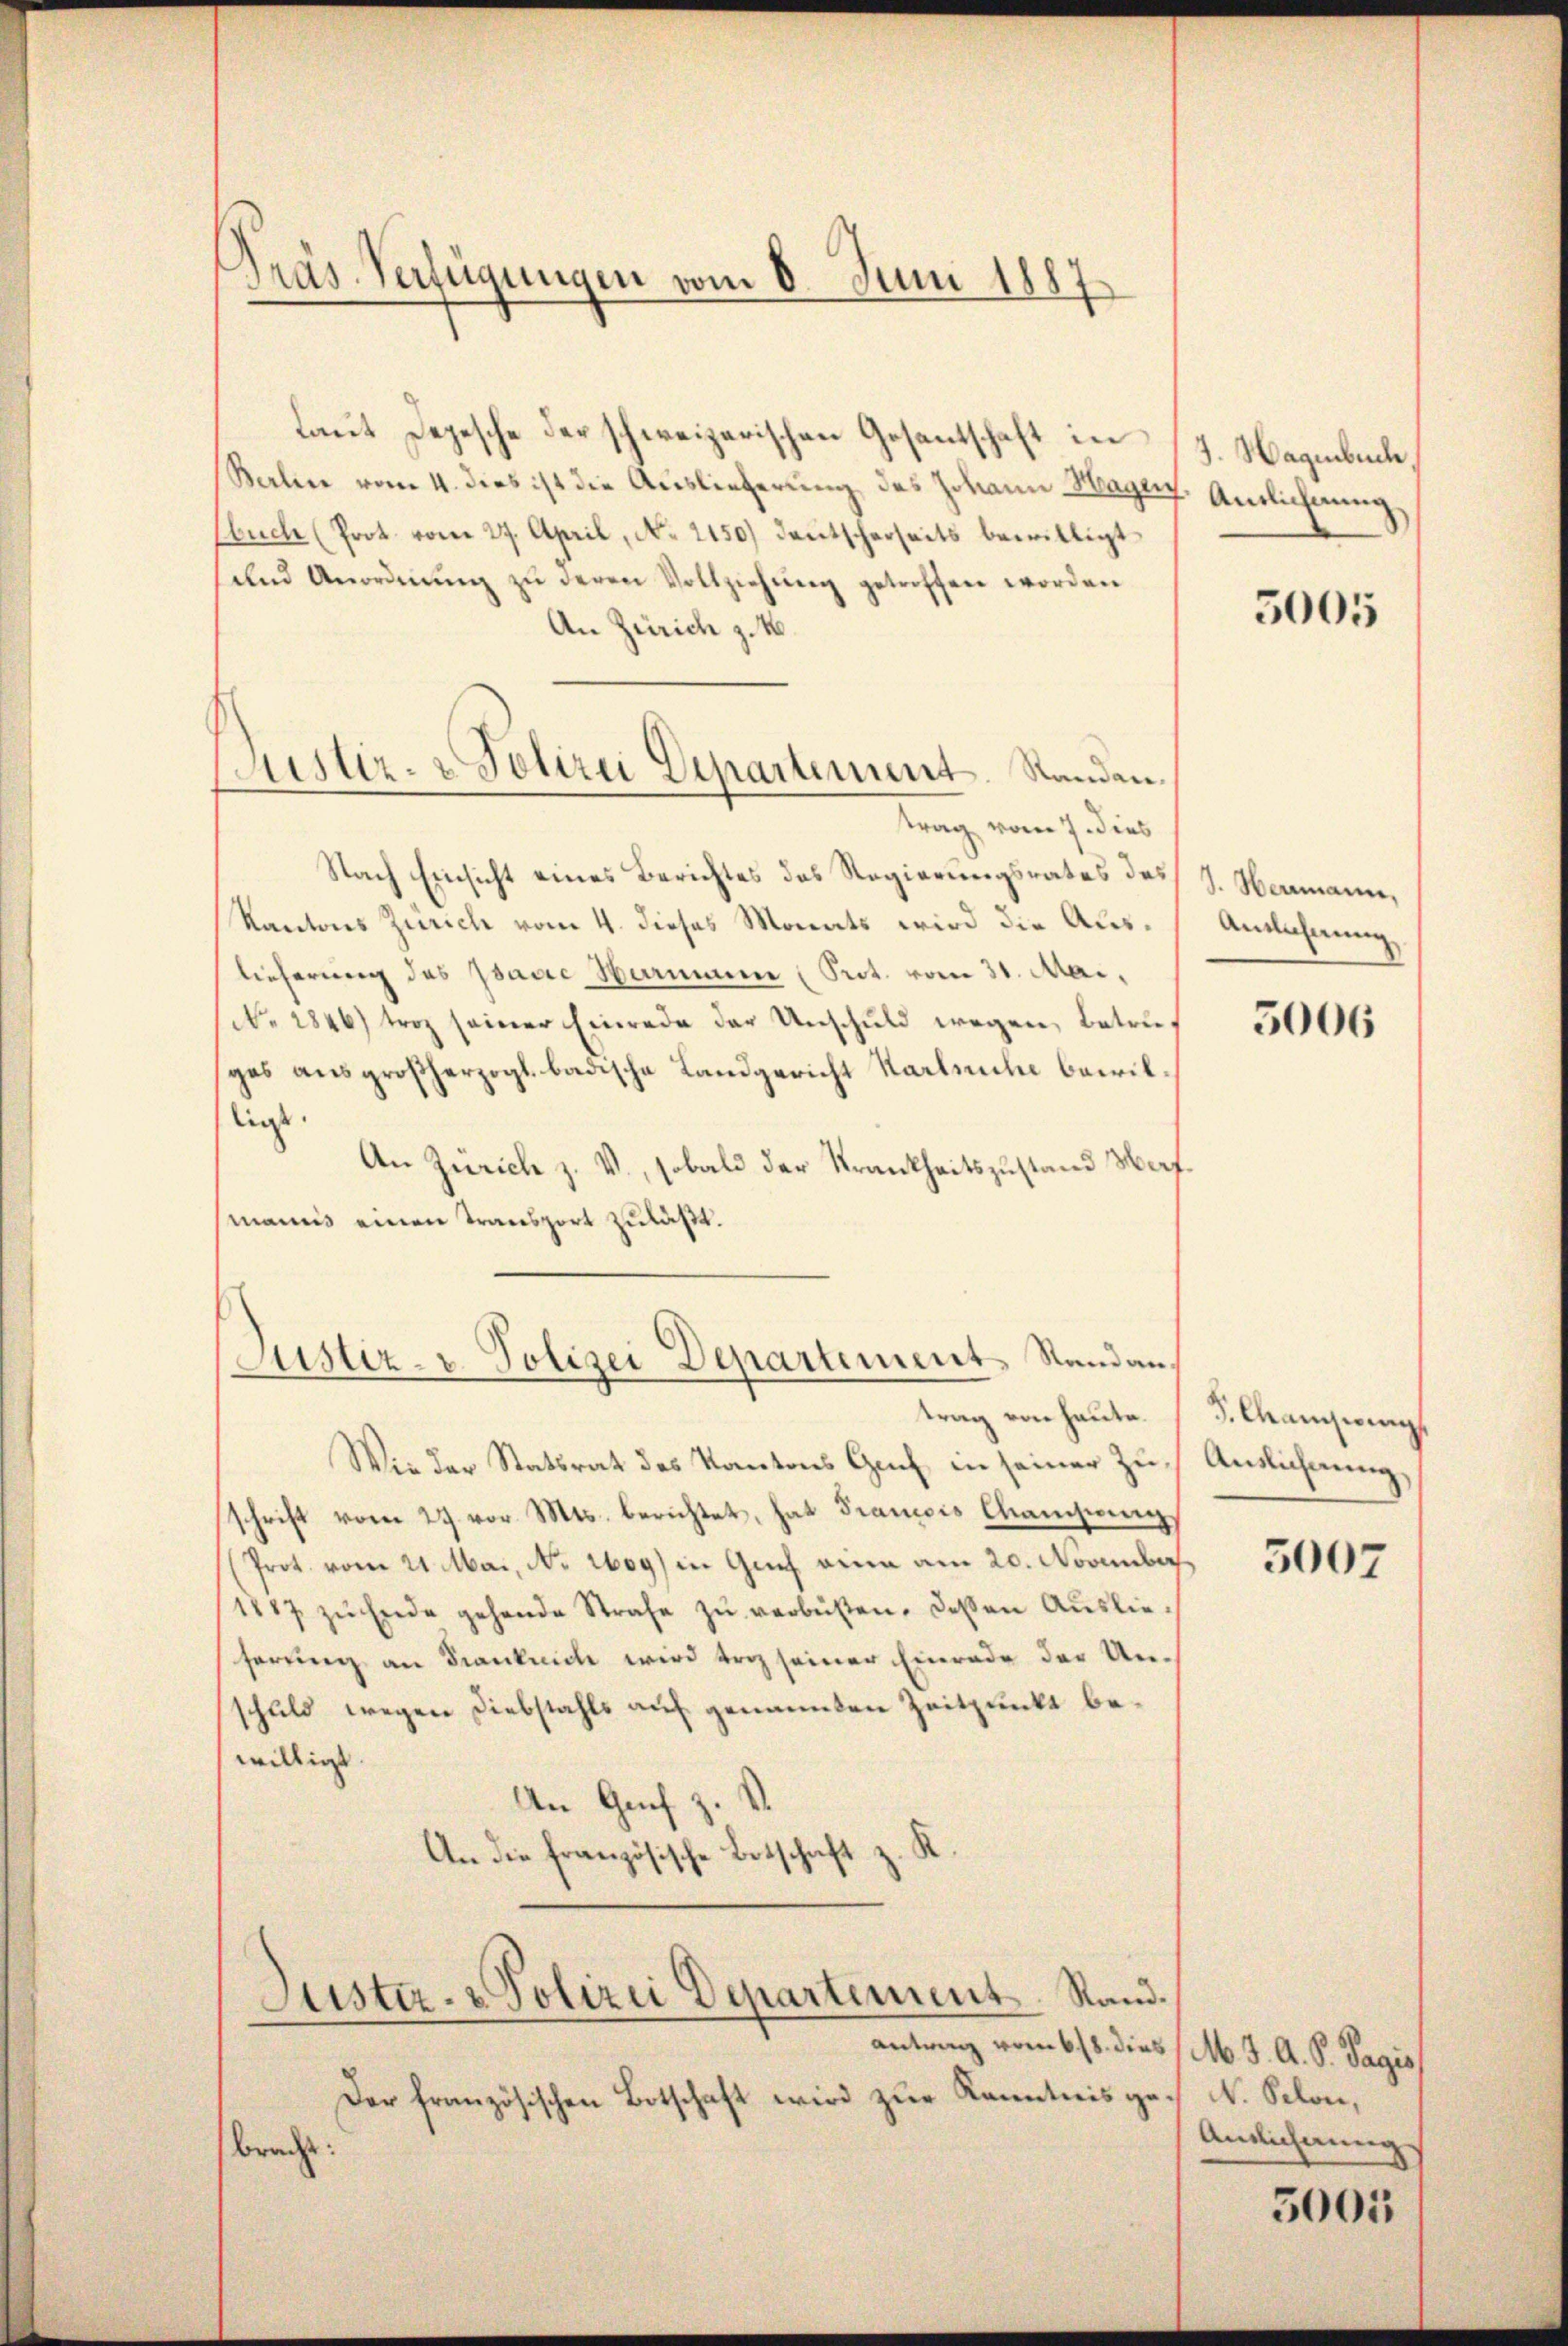
Präs. Verfügungen vom 8. Juni 1887

Justiz- & Polizei Departement. Standen

laut Depesche der schweizerischen Gesantschaft in
Berlin vom 4. dies ist die Auslieferung des Johann Hage. Amlichnung
Ebuch (Prot. vom 27. April, No. 2150) deutscherseits bewilligt
selnd Anordnŭng zŭ deren Vollziehŭng getroffen worden
An Zürich z. B.
trag vom 7. dies
Nach Einsicht eines Berichtes des Regierungsrates des
Kantons Zürich vom 4. dieses Monats wird die Auslieferung des Isaure Hemmen (Sect. vom 31. Mai.
(No. 2846) troz seiner Einrede der Unschuld wegen, betref
ges ausgroßherzogl. badische Landgericht Karlsuche bewilligt.
An Zürich z. V., sobald der Krankheitszustand Waf
manns einen Transport zuläßt.
Justiz- & Polizei Departement Standantrag von heute.
Wie der Statsrat des Kantons Genf in seiner Zuschrift vom 27. vor. Mts. berichtet, hat Francois Manchieng,
Prot. vom 21. Mai, No 12609) in Genf eine am 20. November
1887 zu Ende gehende Strafe zŭ verbüsten. Deßen Auslieserung an Franklich wird vor seiner Einrade der Unschuld wegen Diebstahls auf genannten Zeitpunkt bewilligst
An Genf z.
An die französische Botschaft z. K.
Justiz- & Polizei Departement. Stand.
antrag vom 618. dies
Der französischen Botschaft wird zur Kenntnis gebracht:

J. Hagenbuch

5005

d. Neumann.
Anlehnung.

5006

3. Chanisirung
Auslichnung,

5007

M. J. A. S. Pagis
N. Selon,
Anslichnung

5005